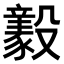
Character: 𣫚